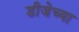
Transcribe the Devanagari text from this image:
डीजेच्या